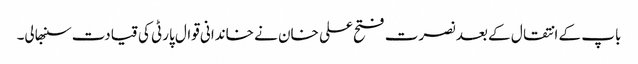
باپ کے انتقال کے بعد نصرت فتح علی خان نے خاندانی قوال پارٹی کی قیادت سنبھالی۔